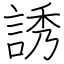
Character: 誘